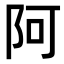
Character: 阿